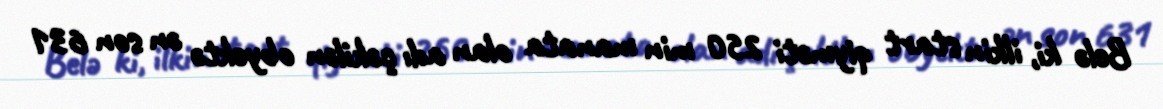
Belə ki, ilkin start qiyməti 250 min manata olan adı çəkilən obyektə ən son 631